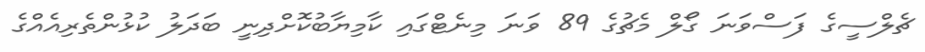
ޗެލްސީގެ ފަސްވަނަ ގޯލް މެޗުގެ 89 ވަނަ މިނެޓްގައި ކާމިޔާބުކޮށްދިނީ ބަދަލު ކުޅުންތެރިއެއްގެ